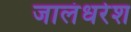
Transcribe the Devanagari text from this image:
जालंधरेश